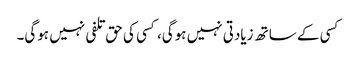
کسی کے ساتھ زیادتی نہیں ہوگی، کسی کی حق تلفی نہیں ہوگی۔